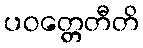
ပဝတ္တေတီတိ